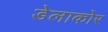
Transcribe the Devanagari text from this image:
डेलाकोर